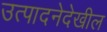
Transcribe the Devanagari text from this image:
उत्पादनेदेखील